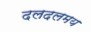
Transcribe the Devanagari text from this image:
दलदलमय